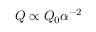
Q \propto Q _ { 0 } \alpha ^ { - 2 }